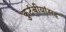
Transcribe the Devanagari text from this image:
कुटंबीयांसह